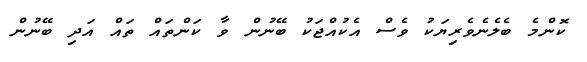
ކޮންމެ ބެލެނެވެރިޔަކު ވެސް އެކުއްޖަކު ބޭނުން ވާ ކަންތައް ތައް އަދި ބޭނުން